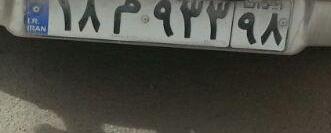
۱۸م۹۳۳۹۸